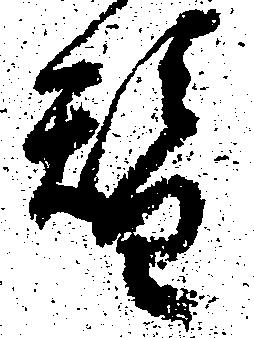
替